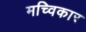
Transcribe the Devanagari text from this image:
मच्विकार